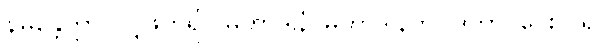
နိမန္တေတွာ၊ ပင့်ဖိတ်၍။ မဟာဒါနံ၊ မဟာဒါနကို။ ဒတွာ၊ ပေးလှူ၍။